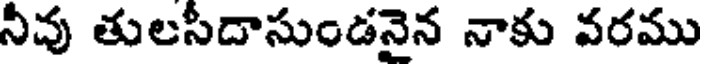
నీవు తులసీదాసుండనైన నాకు వరము